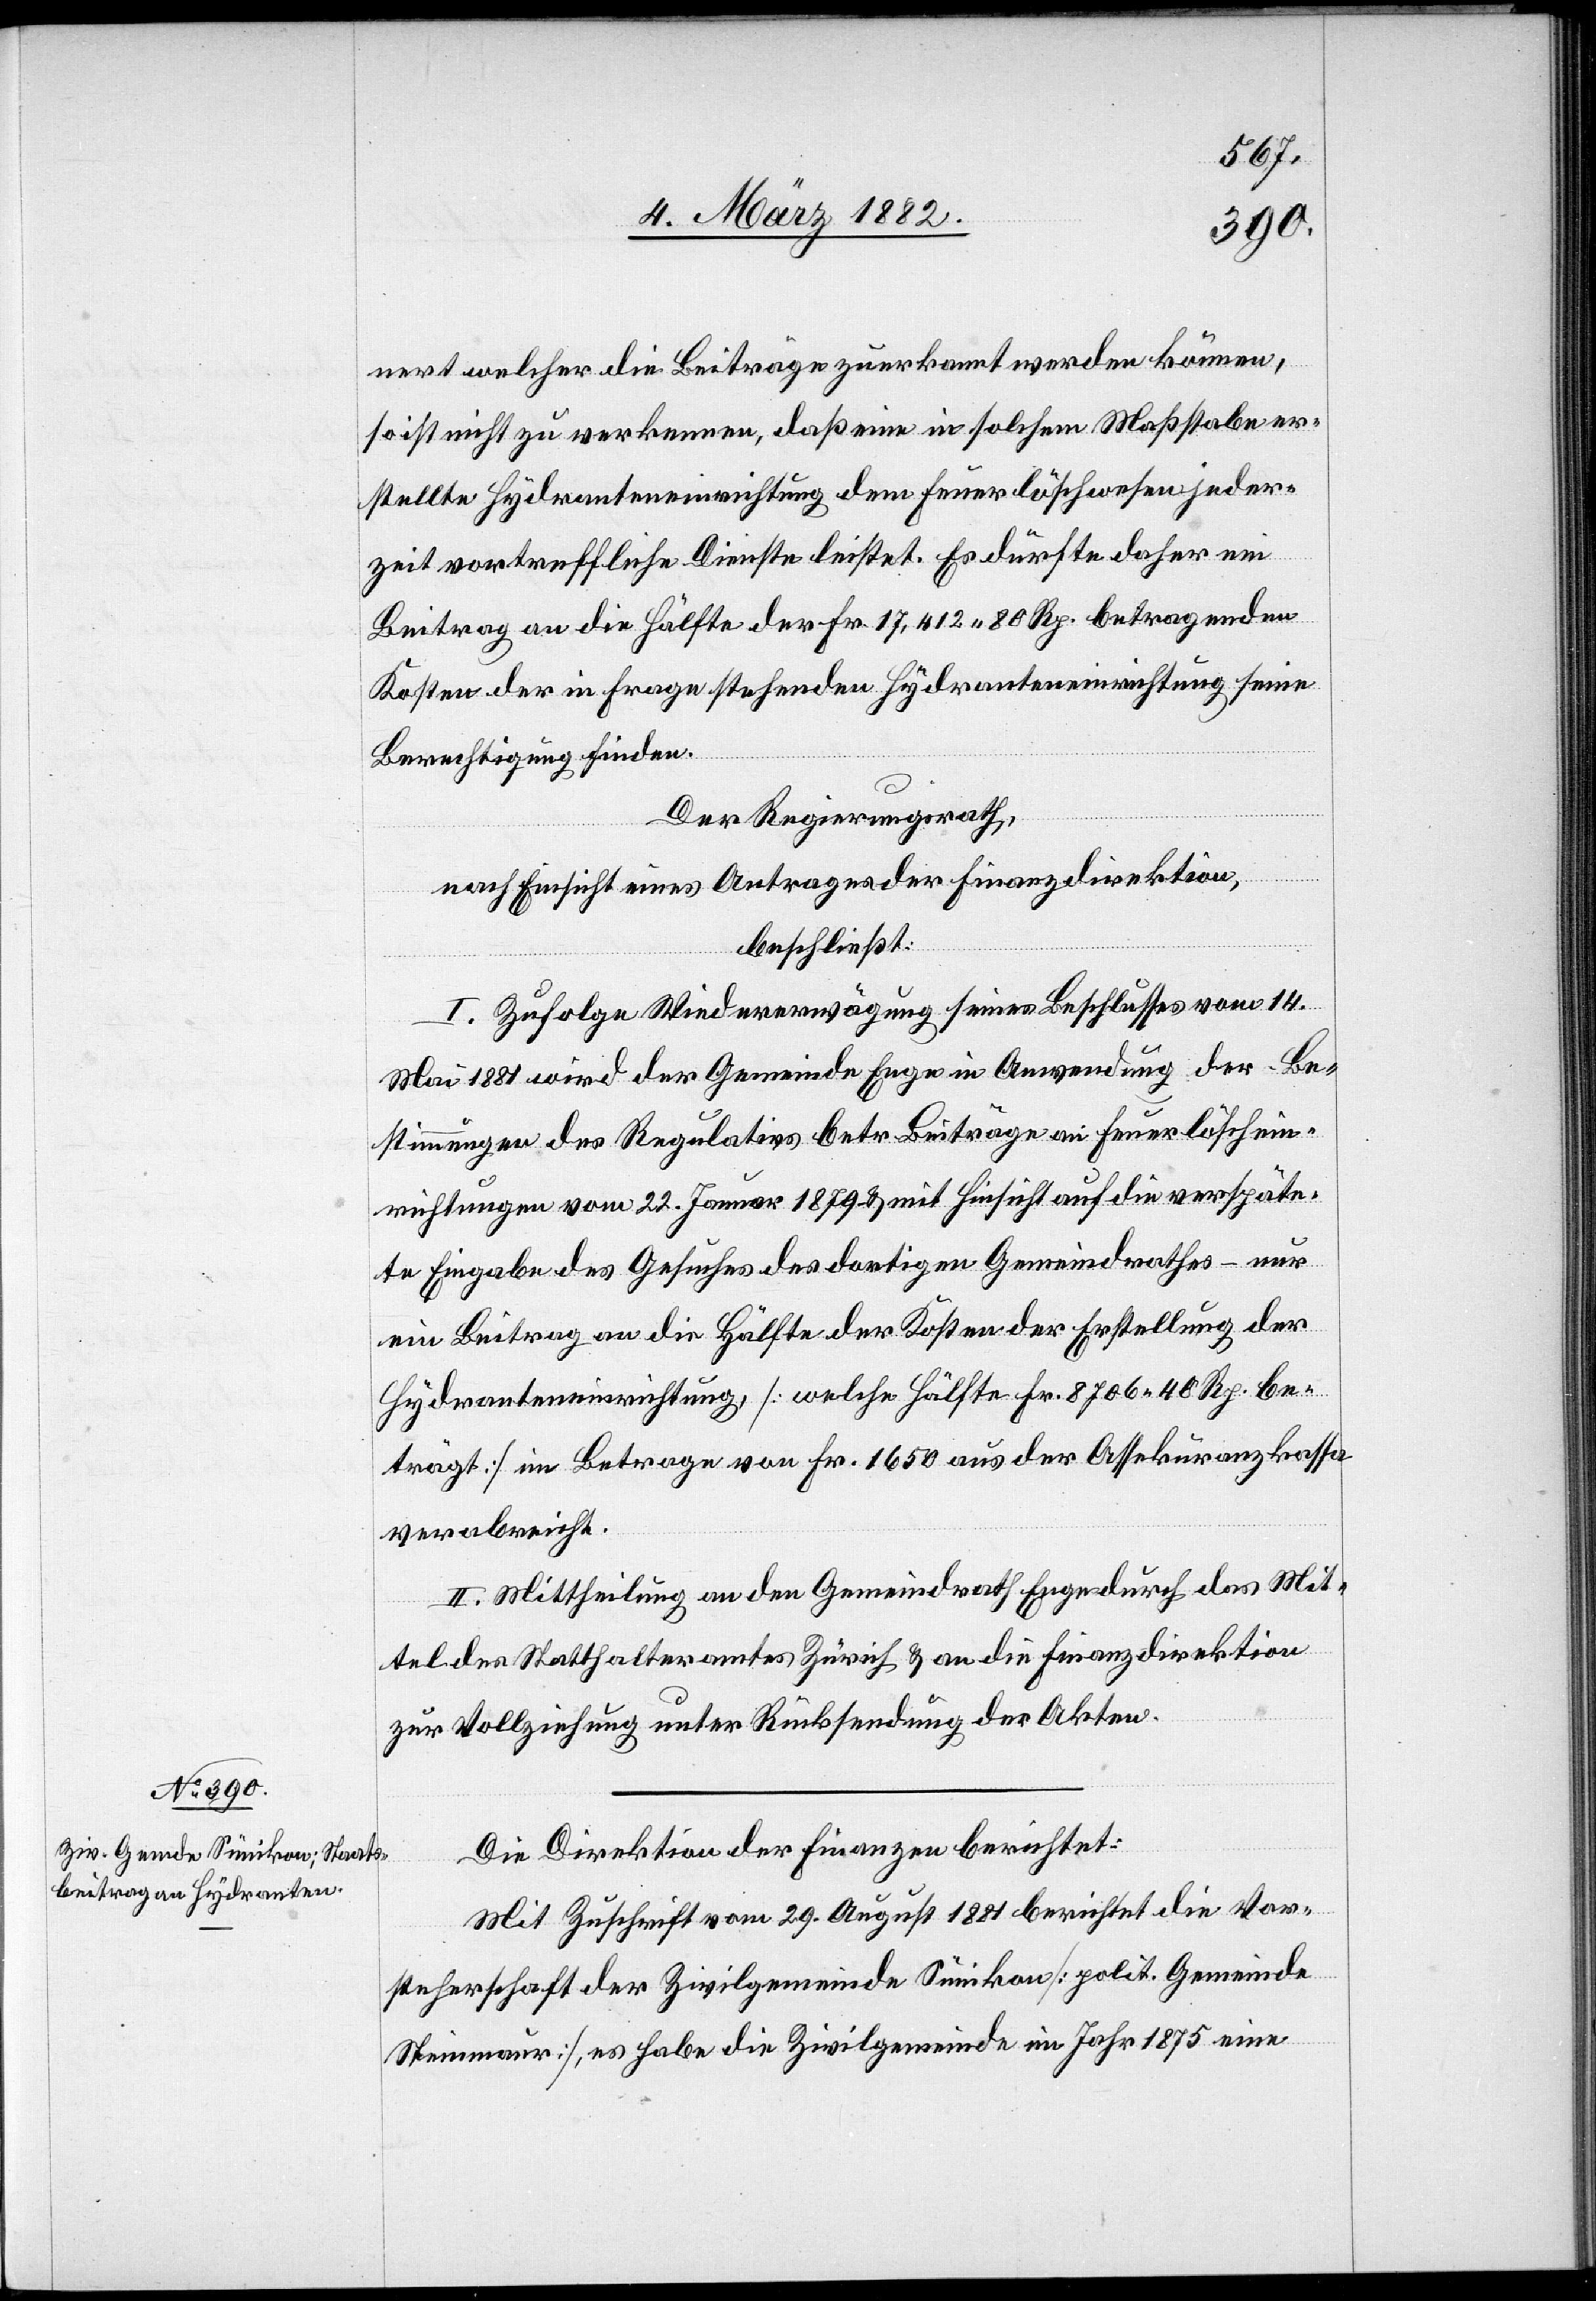
nert welcher die Beiträge zuerkannt werden können,
so ist nicht zu verkennen, daß eine in solchem Maßstabe er¬
stellte Hydranteneinrichtung dem Feuerlöschwesen jeder¬
zeit vortreffliche Dienste leistet. Es dürfte daher ein
Beitrag an die Hälfte der Fr. 17,412 80 Rp. betragenden
Kosten der in Frage stehenden Hydranteneinrichtung seine
Berechtigung finden.
Der Regierungsrath,
nach Einsicht eines Antrages der Finanzdirektion,
beschließt:
I. Zufolge Wiedererwägung seines Beschlusses vom 14.
Mai 1881 wird der Gemeinde Enge in Anwendung der Be¬
stimmungen des Regulatives betr. Beiträge an Feuerlöschein¬
richtungen vom 22. Januar 1879 & mit Hinsicht auf die verspäte¬
te Eingabe des Gesuches des dortigen Gemeindrathes – nur
ein Beitrag an die Hälfte der Kosten der Erstellung der
Hydranteneinrichtung [welche Hälfte Fr. 8756 40 Rp. be¬
trägt] im Betrage von Fr. 1650 aus der Assekuranzkasse
verabreicht.
II. Mittheilung an den Gemeindrath Enge durch das Mit¬
tel des Statthalteramtes Zürich & an die Finanzdirektion
zur Vollziehung unter Rücksendung der Akten.
Die Direktion der Finanzen berichtet:
Mit Zuschrift vom 29. August 1881 berichtet die Vor¬
steherschaft der Zivilgemeinde Sünikon [polit. Gemeinde
Steinmaur], es habe die Zivilgemeinde im Jahr 1875 eine